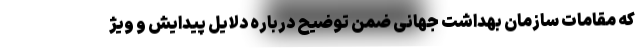
که مقامات سازمان بهداشت جهانی ضمن توضیح درباره دلایل پیدایش و ویژ